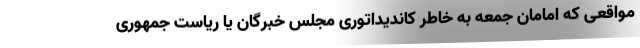
مواقعی که امامان جمعه به خاطر کاندیداتوری مجلس خبرگان یا ریاست جمهوری